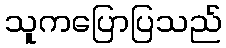
သူကပြောပြသည်